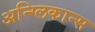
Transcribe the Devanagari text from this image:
अन्ग्लिकान्स